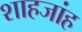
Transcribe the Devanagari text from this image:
शाहजांह